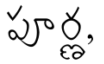
పూర్ణ,